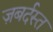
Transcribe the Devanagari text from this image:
ज़बर्दस्‍त